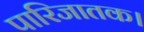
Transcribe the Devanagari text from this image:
पारिजातक।